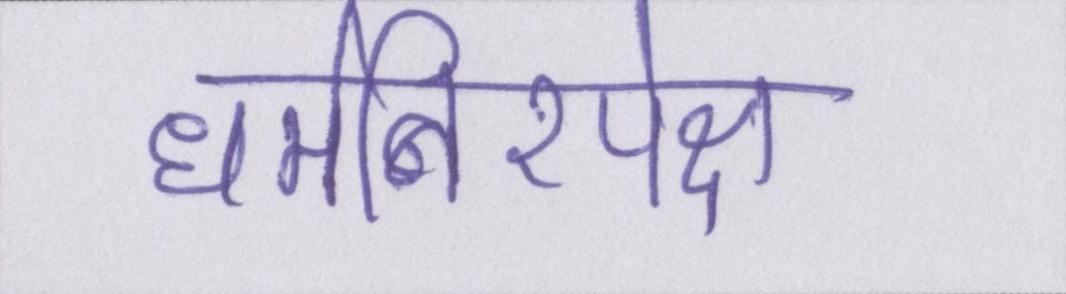
धर्मनिरपेक्ष